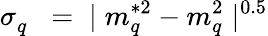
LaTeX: \sigma_{q}^{}\; \; =\; \; \mid m_{q}^{*2}-m_{q}^{2}\mid^{0.5}